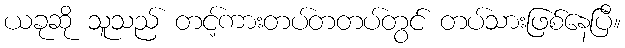
ယခုဆို သူသည် တင့်ကားတပ်တတပ်တွင် တပ်သားဖြစ်နေပြီ။